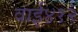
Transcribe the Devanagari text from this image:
वाई४१२